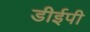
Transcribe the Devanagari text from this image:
डीईपी